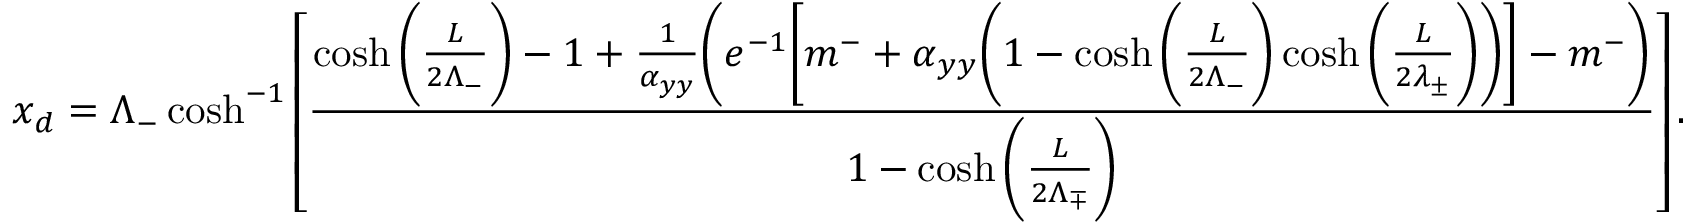
x _ { d } = \Lambda _ { - } \cosh ^ { - 1 } \left[ \frac { \cosh \bigg ( \frac { L } { 2 \Lambda _ { - } } \bigg ) - 1 + \frac { 1 } { \alpha _ { y y } } \bigg ( e ^ { - 1 } \bigg [ m ^ { - } + \alpha _ { y y } \bigg ( 1 - \cosh \bigg ( \frac { L } { 2 \Lambda _ { - } } \bigg ) \cosh \bigg ( \frac { L } { 2 \lambda _ { \pm } } \bigg ) \bigg ) \bigg ] - m ^ { - } \bigg ) } { 1 - \cosh \bigg ( \frac { L } { 2 \Lambda _ { \mp } } \bigg ) } \right] .